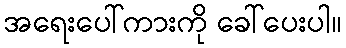
အရေးပေါ်ကားကို ခေါ်ပေးပါ။